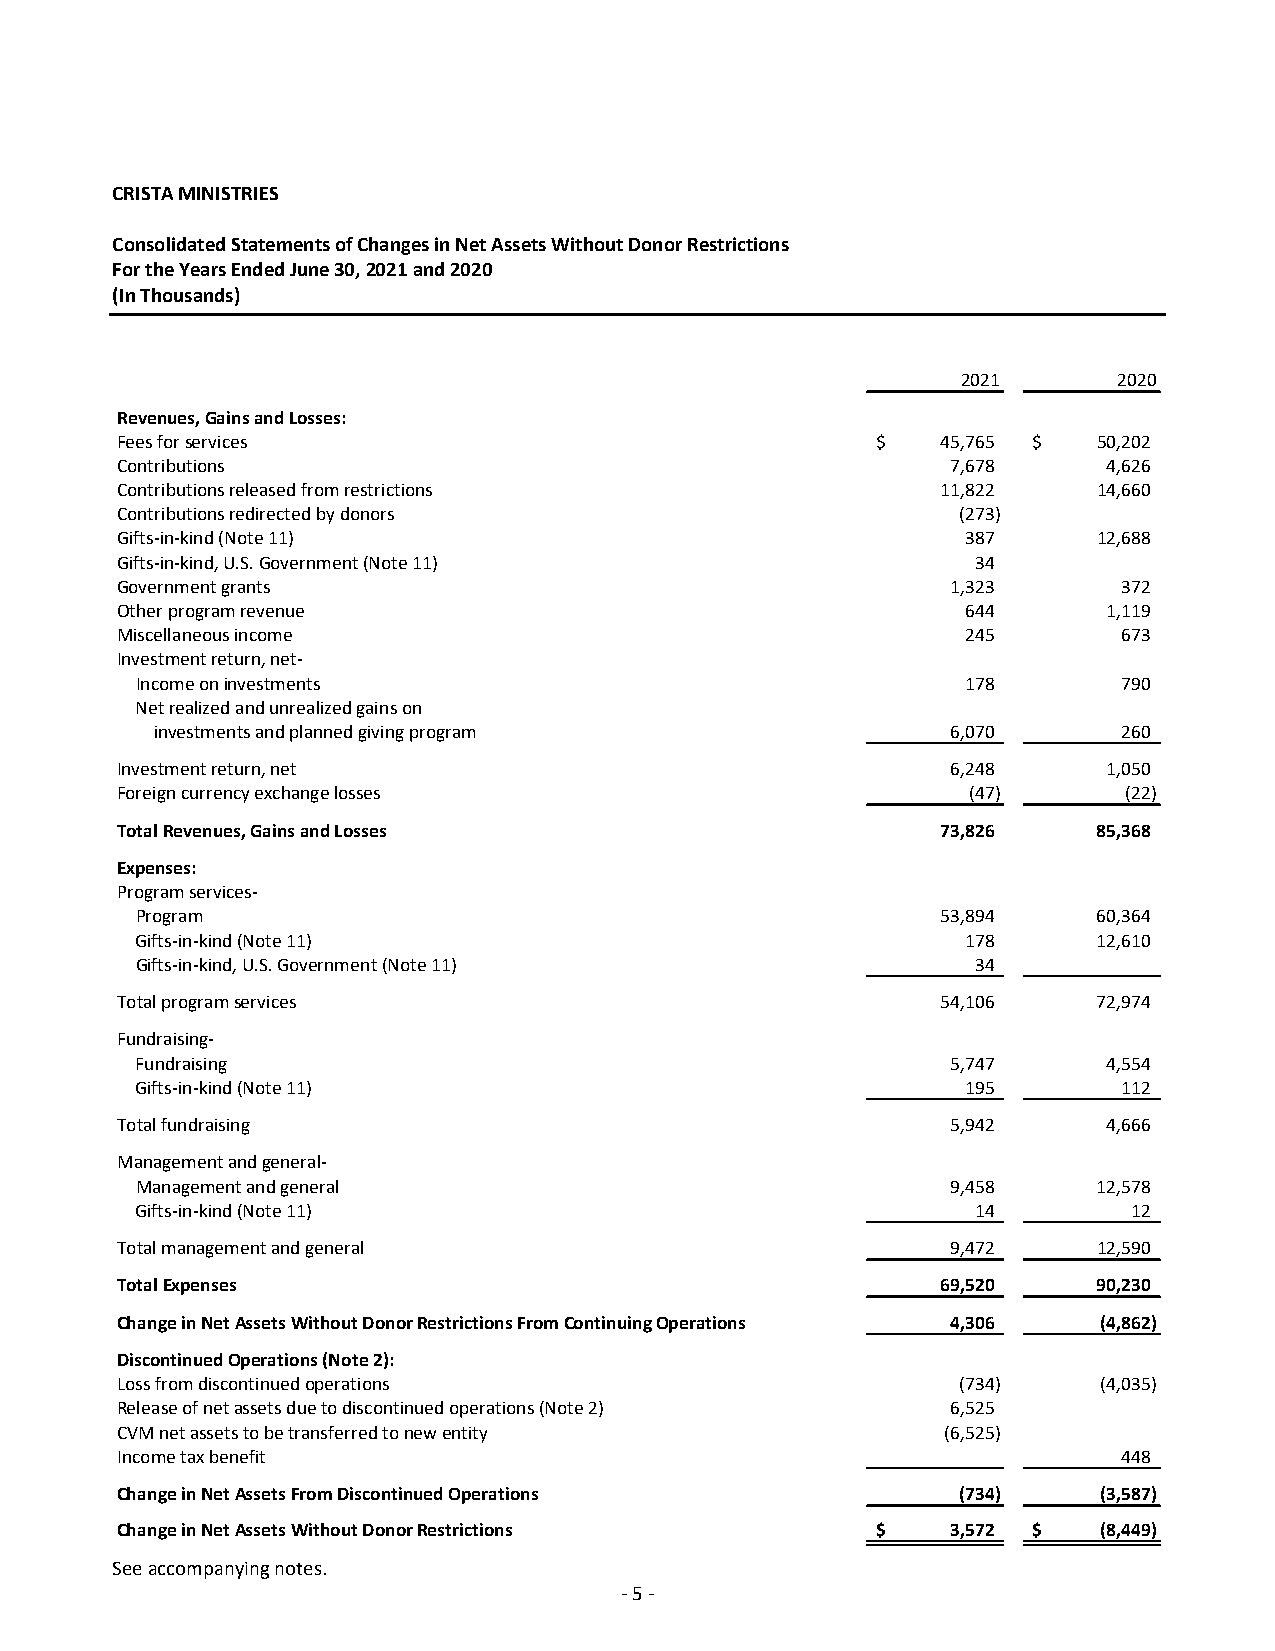
CRISTA MINISTRIES
 Consolidated Statements of Changes in Net Assets Without Donor Restrictions
 For the Years Ended June 30, 2021 and 2020
 (In Thousands)
 2021      2020
 Revenues, Gains and Losses:
 Fees for services                                 $   45,765 $   50,202
 Contributions                                          7,678     4,626
 Contributions released from restrictions              11,822     14,660
 Contributions redirected by donors                      (273)
 Gifts‐in‐kind (Note 11)                                 387      12,688
 Gifts‐in‐kind, U.S. Government (Note 11)                 34
 Government grants                                      1,323      372
 Other program revenue                                   644      1,119
 Miscellaneous income                                    245       673
 Investment return, net‐
 Income on investments                                  178       790
 Net realized and unrealized gains on
 investments and planned giving program               6,070      260
 Investment return, net                                 6,248     1,050
 Foreign currency exchange losses                        (47)      (22)
 Total Revenues, Gains and Losses                      73,826     85,368
 Expenses:
 Program services‐
 Program                                              53,894     60,364
 Gifts‐in‐kind (Note 11)                                178      12,610
 Gifts‐in‐kind, U.S. Government (Note 11)                34
 Total program services                                54,106     72,974
 Fundraising‐
 Fundraising                                           5,747     4,554
 Gifts‐in‐kind (Note 11)                                195       112
 Total fundraising                                      5,942     4,666
 Management and general‐
 Management and general                                9,458     12,578
 Gifts‐in‐kind (Note 11)                                 14        12
 Total management and general                           9,472     12,590
 Total Expenses                                        69,520     90,230
 Change in Net Assets Without Donor Restrictions From Continuing Operations 4,306 (4,862)
 Discontinued Operations (Note 2):
 Loss from discontinued operations                       (734)    (4,035)
 Release of net assets due to discontinued operations (Note 2) 6,525
 CVM net assets to be transferred to new entity         (6,525)
 Income tax benefit                                       ‐        448
 Change in Net Assets From Discontinued Operations      (734)     (3,587)
 Change in Net Assets Without Donor Restrictions   $    3,572 $   (8,449)
 See accompanying notes.
 “CNFSDONOTEMAIL,”
 ‐ 5 ‐